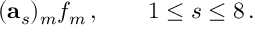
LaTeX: ( \mathbf { a } _ { s } ) _ { m } f _ { m } \, , \qquad 1 \leq s \leq 8 \, .